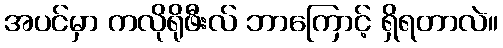
အပင်မှာ ကလိုရိုဖီးလ် ဘာကြောင့် ရှိရတာလဲ။